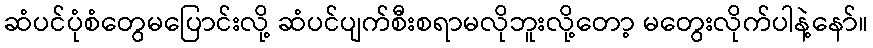
ဆံပင်ပုံစံတွေမပြောင်းလို့ ဆံပင်ပျက်စီးစရာမလိုဘူးလို့တော့ မတွေးလိုက်ပါနဲ့နော်။